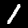
Digit: 1